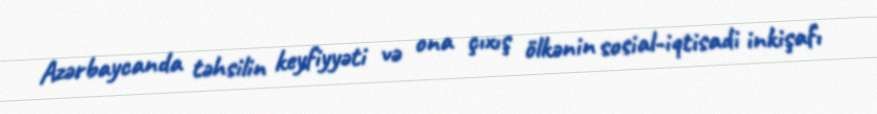
Azərbaycanda təhsilin keyfiyyəti və ona çıxış ölkənin sosial-iqtisadi inkişafı